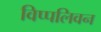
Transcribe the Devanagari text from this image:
विप्पलिवन